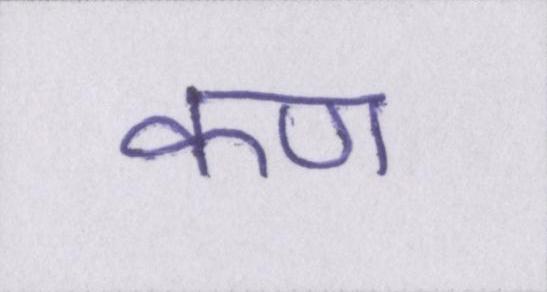
कण